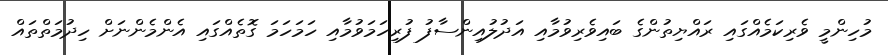
މުހިންމީ ވެރިކަމެއްގައި ރައްޔިތުންގެ ބައިވެރިވުމާއި އަދުލުއިންސާފު ފުރިހަމަވުމާއި ހަމަހަމަ ގޮތެއްގައި އެންމެންނަށް ހިދުމަތްތައް